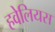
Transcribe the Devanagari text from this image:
हवेलियस